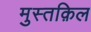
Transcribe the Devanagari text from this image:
मुस्तक़िल